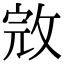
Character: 𢽉